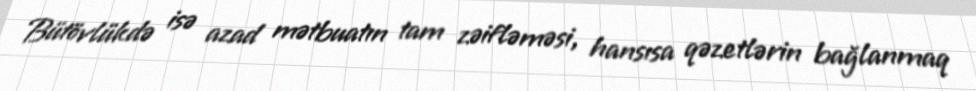
Bütövlükdə isə azad mətbuatın tam zəifləməsi, hansısa qəzetlərin bağlanmaq